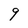
Character: 9